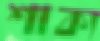
শাক্য